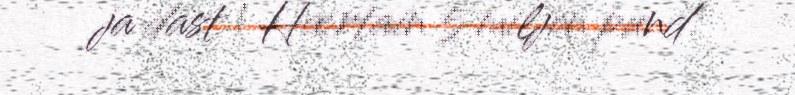
ja dast | Hærtain 5 miljon pund.